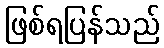
ဖြစ်ရပြန်သည်